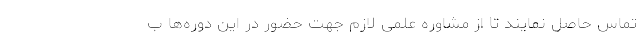
تماس حاصل نمایند تا از مشاوره علمی لازم جهت حضور در این دوره‌ها ب